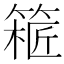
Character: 𥱝